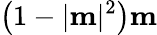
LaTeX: \left(1-|\mathbf{m}|^{2}\right)\mathbf{m}